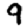
Digit: 9